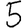
Digit: 5